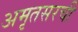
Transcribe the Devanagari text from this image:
अमृतसरची